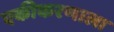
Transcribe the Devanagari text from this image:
एकीकरणाला